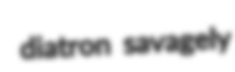
diatron savagely